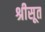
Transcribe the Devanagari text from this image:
श्रीसूत